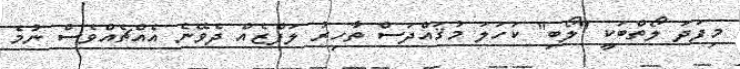
މިފަދަ ލޯތްބަކީ "ލޯބި" ކަހަލަ މުޤައްދަސް ތާހިރު ލަފްޒެއް ދެވޭނެ އެއްޗެއްވެސް ނުމެ